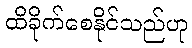
ထိခိုက်စေနိုင်သည်ဟု